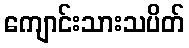
ကျောင်းသားသပိတ်